Leaving Certificate Examination, 1908
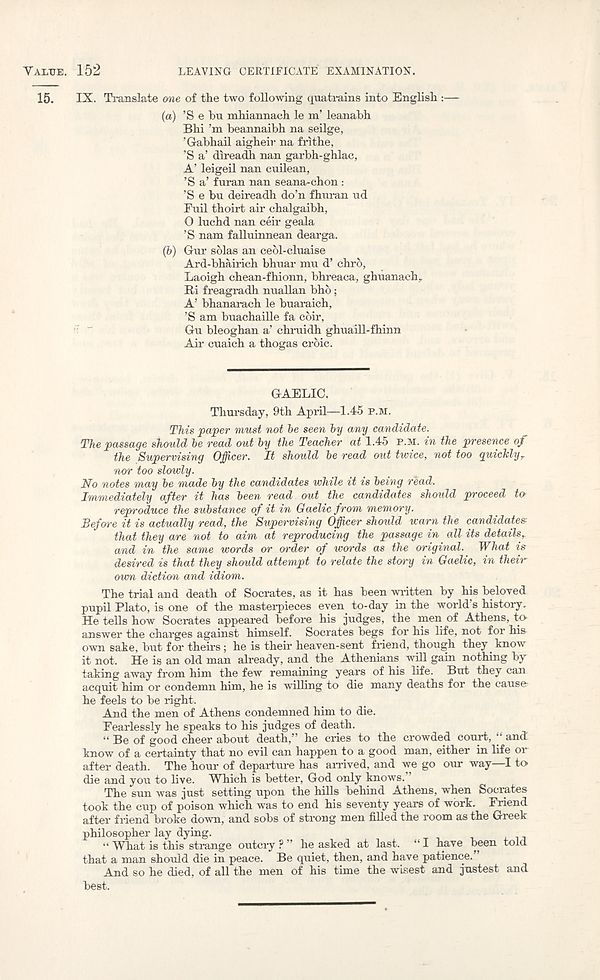
YALXTE. 152
LEAVING CERTIFICATE EXAMINATION.
15.
IX. Translate one of the two following quatrains into English :—
(а) ’S e bu mhiannach le m’ leanabh
Bhi’m beannaibh na seilge,
' Gabhail aigheir na frithe,
’S a’ direadh nan garbh-ghlac,
A’ leigeil nan cuilean,
’S a’ furan nan seana-chon :
’S e bu deireadh do’n fhuran ud
Fuil thoirt air chalgaibh,
O luchd nan ceir geala
’S nam falluinnean dearga.
(б) Gur solas an ceol-cluaise
Ard-bhairich bhuar mu d’ chro,
Laoigh chean-fhionn, bhreaca, ghuanach.
Ri freagradh nuallan bho;
A’ bhanarach le buaraich,
’S am buachaille fa coir,
Gu bleoghan a’ chruidh ghuaill-fhinn
Air cuaich a thogas croic.
GAELIC.
Thursday, 9th April—1.45 P.M.
This paper must not he seen hy any candidate.
The passage should he read out hy the Teacher at 1.45 P.M. in the presence of
the Supervising Officer. It should he read out twice, not too quickly,
nor too slowly.
No notes may he made hy the candidates while it is being read.
Immediately after it has heen read out the candidates should proceed to
reproduce the substance of it in Gaelic from memory.
Before it is actually read, the Supervising Officer should warn the candidates;
that they are not to aim at reproducing the passage in all its details,
and in the same words or order of words as the original. What is
desired is that they should attempt to relate the story in Gaelic, in their
own diction and idiom.
The trial and death of Socrates, as it has been written by his beloyed
pupil Plato, is one of the masterpieces even to-day in the world’s history.
He tells how Socrates appeared before his judges, the men of Athens, to
answer the charges against himself. Socrates begs for his life, not for his
own sake, but for theirs; he is their heaven-sent friend, though they know
it not. He is an old man already, and the Athenians will gain nothing by
taking away from him the few remaining years of his life. But they can
acquit him or condemn him, he is willing to die many deaths for the cause-
he feels to be right.
And the men of Athens condemned him to die.
Fearlessly he speaks to his judges of death.
“ Be of good cheer about death,” he cries to the crowded court, “ and
know of a certainty that no evil can happen to a good man, either in life or
after death. The hour of departure has arrived, and we go our way—I to
die and you to live. Which is better, God only knows. ’
The sun was just setting upon the hills behind Athens, when Socrates
took the cup of poison which was to end his seventy years of work. Friend
after friend broke down, and sobs of strong men filled the room as the Greek
philosopher lay dying.
“ What is this strange outcry ? ” he asked at last. “ I have been told
that a man should die in peace. Be quiet, then, and have patience.
And so he died, of all the men of his tune the wisest and justest and
best.